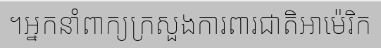
។អ្នកនាំពាក្យក្រសួងការពារជាតិអាម៉េរិក